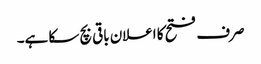
صرف فتح کا اعلان باقی بچ سکا ہے۔